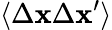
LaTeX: \langle\Delta\mathbf{x}\Delta\mathbf{x}^{\prime}\rangle